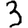
Digit: 3